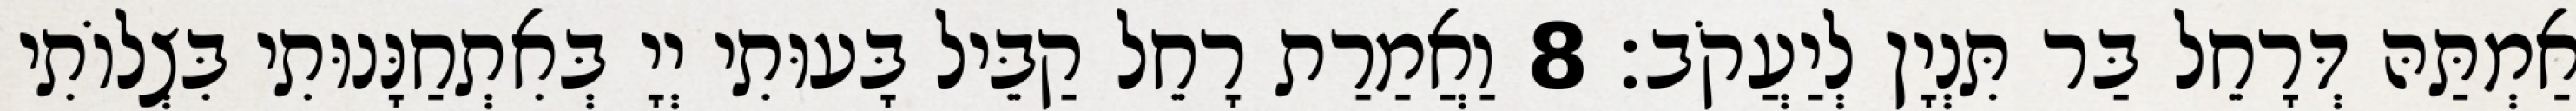
אַמְתַּהּ דְּרָחֵל בַּר תִּנְיָן לְיַעֲקֹב׃ 8 וַאֲמַרַת רָחֵל קַבֵּיל בָּעוּתִי יְיָ בְּאִתְחַנָּנוּתִי בִּצְלוֹתִי